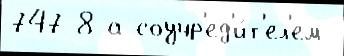
747-8 а соучр'ед'и́т'ел'ем